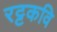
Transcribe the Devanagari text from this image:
रट्टकवि